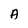
Character: A